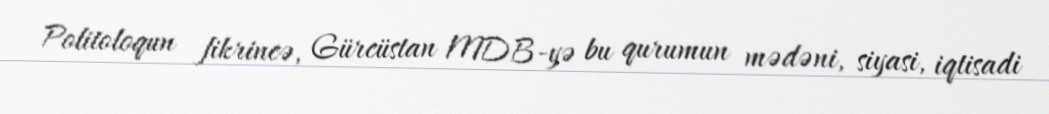
Politoloqun fikrincə, Gürcüstan MDB-yə bu qurumun mədəni, siyasi, iqtisadi